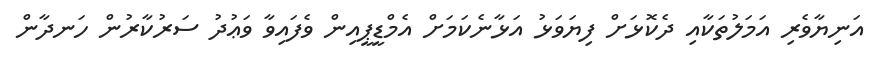
އަނިޔާވެރި އަމަލުތަކާއި ދެކޮޅަށް ފިޔަވަޅު އަޅާނެކަމަށް އެމްޑީޕީއިން ވެފައިވާ ވަޢުދު ސަރުކާރުން ހަނދާން